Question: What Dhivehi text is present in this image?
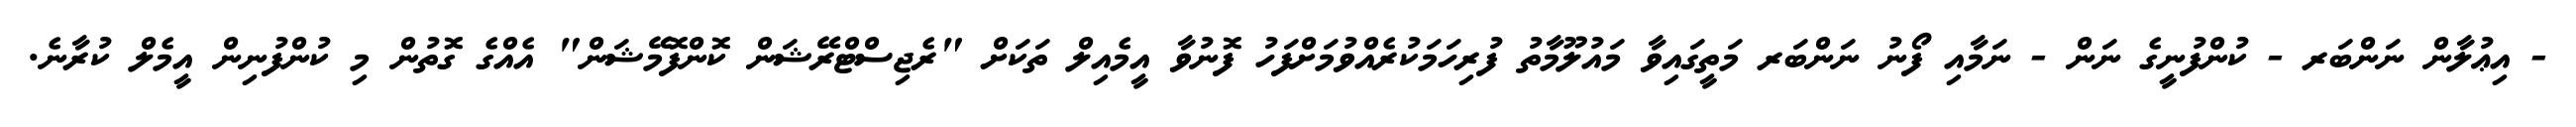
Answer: - އިޢުލާން ނަންބަރ - ކުންފުނީގެ ނަން - ނަމާއި ފޯނު ނަންބަރ މަތީގައިވާ މައުލޫމާތު ފުރިހަމަކުރެއްވުމަށްފަހު ފޮނުވާ އީމެއިލް ތަކަށް "ރެޖިސްޓްރޭޝަން ކޮންފޮމޭޝަން" އެއްގެ ގޮތުން މި ކުންފުނިން އީމެލް ކުރާނެ.